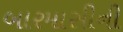
બારમાસીની